Leprosy in India: report of the Leprosy Commission in India, 1890-91
Year: 1890
Disease focus: Leprosy
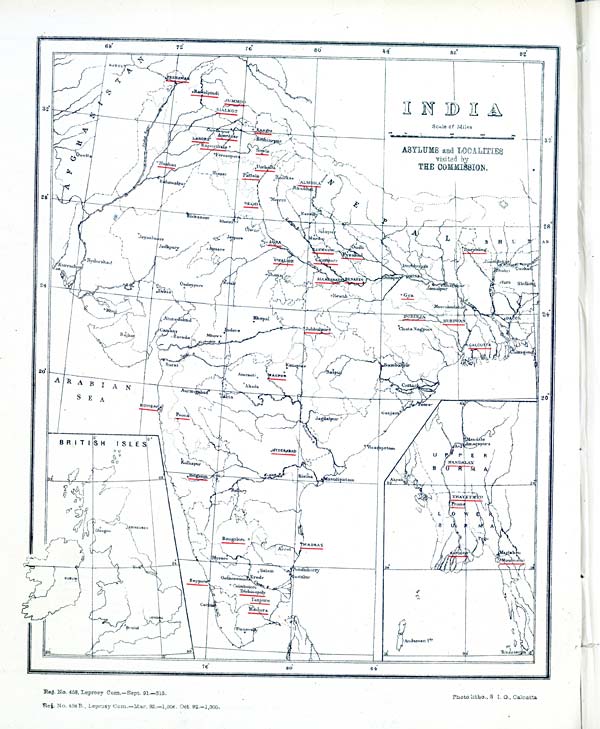
Reg. No. 458, Leprosy Com.—Sept. 91.—315.
Reg. No. 458 R., Leprosy Com.—Mar. 92.—1,004. Oct. 92.-1,000.
Photo litho., S. I. O., Calcutta.